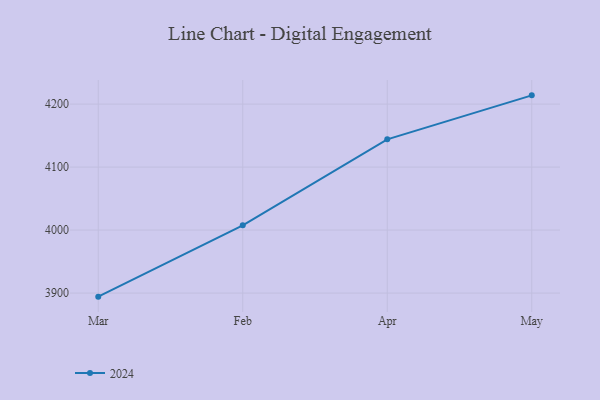
{"axis": {"x": "Month", "y": "Conversion Rate (%)"}, "legend": ["2024"], "data": [{"x": "Mar", "y": 3894.3, "type": "2024"}, {"x": "Feb", "y": 4007.6, "type": "2024"}, {"x": "Apr", "y": 4144.1, "type": "2024"}, {"x": "May", "y": 4213.9, "type": "2024"}]}